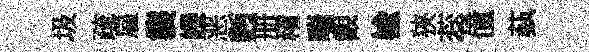
圾疏雇襲嶸恶麪册稽喘觀楡狹蕊僮蓺